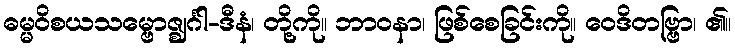
ဓမ္မဝိစယသမ္ဗောဇ္ဈင်္ဂါ-ဒီနံ၊ တို့ကို။ ဘာဝနာ၊ ဖြစ်စေခြင်းကို။ ဝေဒိတဗ္ဗြာ၊ ၏။